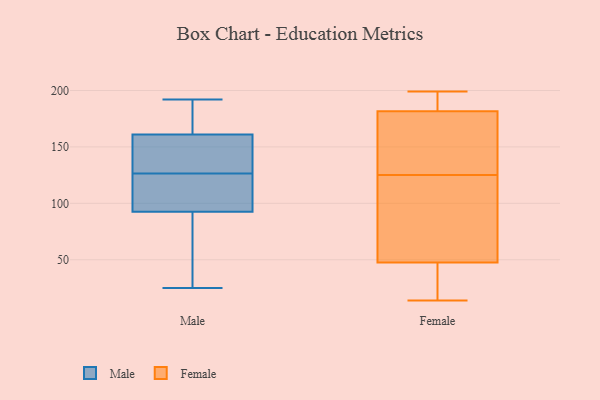
{"axis": {"x": "Market Share (%)", "y": "Value"}, "legend": ["Female", "Male"], "data": [{"x": "", "y": 170, "type": "Male"}, {"x": "", "y": 25, "type": "Male"}, {"x": "", "y": 87, "type": "Male"}, {"x": "", "y": 79, "type": "Male"}, {"x": "", "y": 189, "type": "Male"}, {"x": "", "y": 109, "type": "Male"}, {"x": "", "y": 192, "type": "Male"}, {"x": "", "y": 152, "type": "Male"}, {"x": "", "y": 98, "type": "Male"}, {"x": "", "y": 143, "type": "Male"}, {"x": "", "y": 110, "type": "Male"}, {"x": "", "y": 143, "type": "Male"}, {"x": "", "y": 43, "type": "Female"}, {"x": "", "y": 92, "type": "Female"}, {"x": "", "y": 139, "type": "Female"}, {"x": "", "y": 184, "type": "Female"}, {"x": "", "y": 199, "type": "Female"}, {"x": "", "y": 51, "type": "Female"}, {"x": "", "y": 43, "type": "Female"}, {"x": "", "y": 199, "type": "Female"}, {"x": "", "y": 182, "type": "Female"}, {"x": "", "y": 85, "type": "Female"}, {"x": "", "y": 181, "type": "Female"}, {"x": "", "y": 174, "type": "Female"}, {"x": "", "y": 157, "type": "Female"}, {"x": "", "y": 14, "type": "Female"}, {"x": "", "y": 44, "type": "Female"}, {"x": "", "y": 111, "type": "Female"}]}